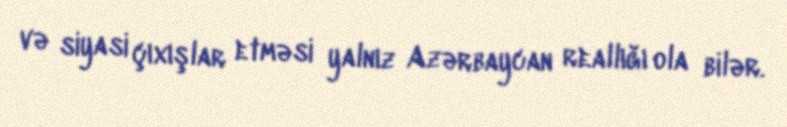
və siyasi çıxışlar etməsi yalnız Azərbaycan reallığı ola bilər.